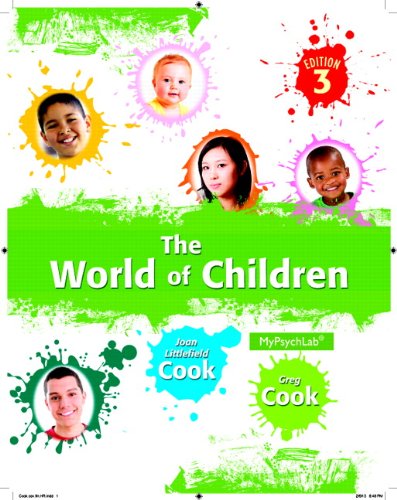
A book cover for The World of Children (3rd Edition); Greg Cook; Politics & Social Sciences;